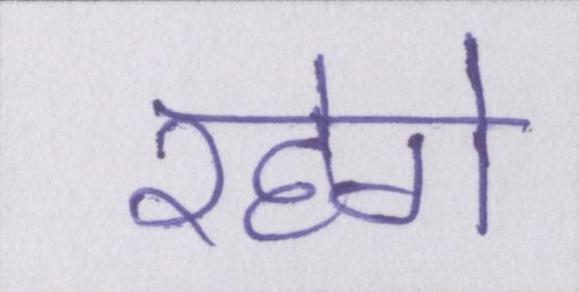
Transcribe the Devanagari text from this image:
रहेगे